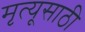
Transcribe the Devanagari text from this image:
मृत्यूसाठी